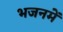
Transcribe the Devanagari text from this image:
भजनमें